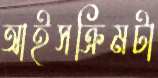
আইসক্রিমটা